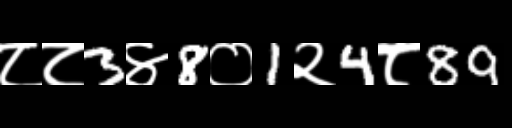
Text: ८८3४8०1२4८89